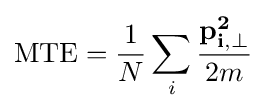
{\text{MTE}}={\frac {1}{N}}\sum _{i}{\frac {\mathbf {p_{i,\perp }^{2}} }{2m}}